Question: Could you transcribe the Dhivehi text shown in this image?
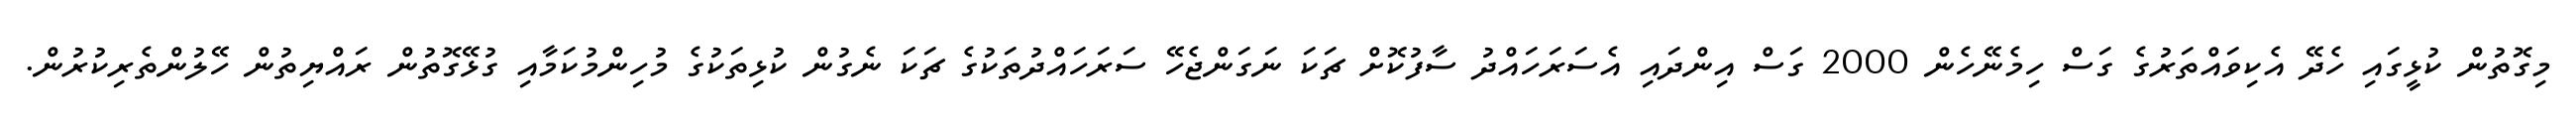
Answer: މިގޮތުން ކުޅީގައި ހެދޭ އެކިވައްތަރުގެ ގަސް ހިމެނޭހެން 2000 ގަސް އިންދައި އެސަރަހައްދު ސާފުކޮށް ޗަކަ ނަގަންޖެހޭ ސަރަހައްދުތަކުގެ ޗަކަ ނެގުން ކުޅިތަކުގެ މުހިންމުކަމާއި ގުޅޭގޮތުން ރައްޔިތުން ހޭލުންތެރިކުރުން.